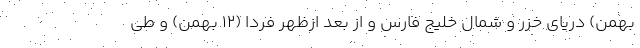
بهمن) دریای خزر و شمال خلیج فارس و از بعد ازظهر فردا (۱۲ بهمن) و طی